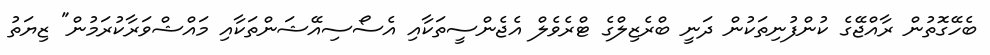
ބެހޭގޮތުން ރާއްޖޭގެ ކުންފުނިތަކުން ދަނީ ބްރެޒިލްގެ ޓްރެވެލް އެޖެންސީތަކާއި އެސޯސިއޭޝަންތަކާއި މައްޝްވަރާކުރަމުން" ޒިޔަތު